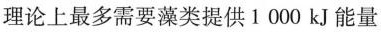
理论上最多需要藻类提供1000kJ能量